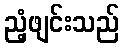
ညံ့ဖျင်းသည်